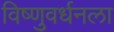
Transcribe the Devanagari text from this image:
विष्णुवर्धनला